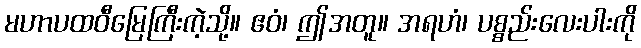
မဟာပထဝီမြေကြီးကဲ့သို့။ ဧဝံ၊ ဤအတူ။ အရဟံ၊ ပစ္စည်းလေးပါးကို